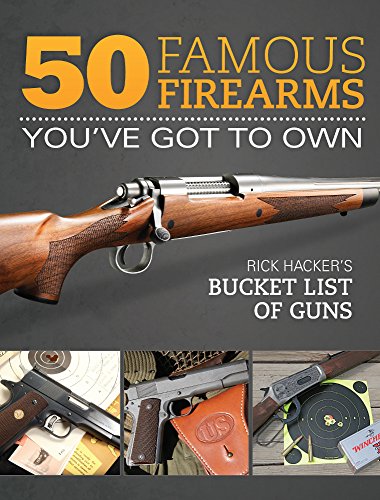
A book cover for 50 Famous Firearms You've Got to Own: Rick Hacker's Bucket List of Guns; Rick Hacker; Crafts, Hobbies & Home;